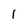
Character: 1